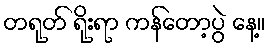
တရုတ် ရိုးရာ ကန်တော့ပွဲ နေ့။